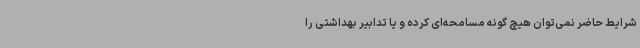
شرایط حاضر نمی‌توان هیچ گونه مسامحه‌ای کرده و یا تدابیر بهداشتی را